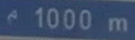
1000m